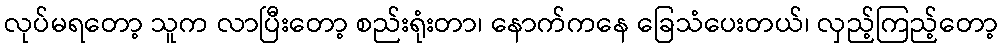
လုပ်မရတော့ သူက လာပြီးတော့ စည်းရုံးတာ၊ နောက်ကနေ ခြေသံပေးတယ်၊ လှည့်ကြည့်တော့